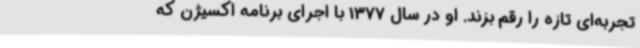
تجربه‌ای تازه را رقم بزند. او در سال 1377 با اجرای برنامه اکسیژن که